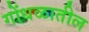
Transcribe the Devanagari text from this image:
गोंधळातील